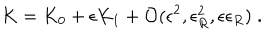
LaTeX: K = K _ { 0 } + \epsilon K _ { 1 } + { \cal O } ( \epsilon ^ { 2 } , \epsilon _ { R } ^ { 2 } , \epsilon \epsilon _ { R } ) \; .